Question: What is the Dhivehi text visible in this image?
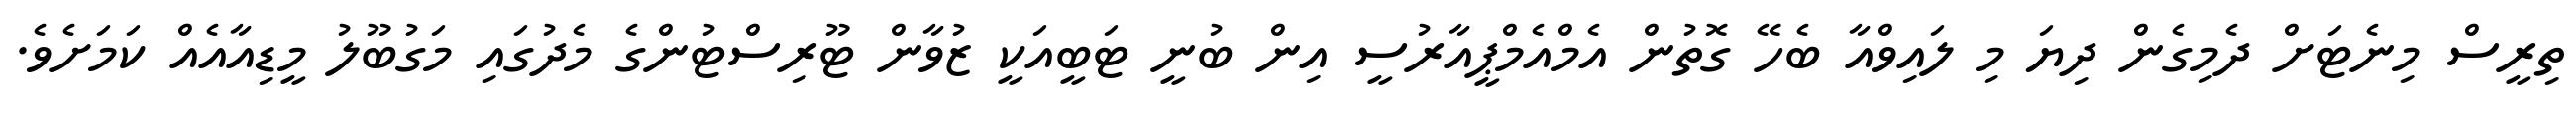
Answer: ތިރީސް މިނެޓަށް ދެމިގެން ދިޔަ މި ލައިވްއާ ބެހޭ ގޮތުން އެމްއެމްޕީއާރުސީ އިން ބުނީ ޓަބީއަކީ ޒުވާން ޓޫރިސްޓުންގެ މެދުގައި މަގުބޫލު މީޑިއާއެއް ކަމަށެވެ.